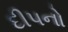
દીપનો